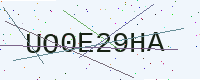
Text: UO0E29HA